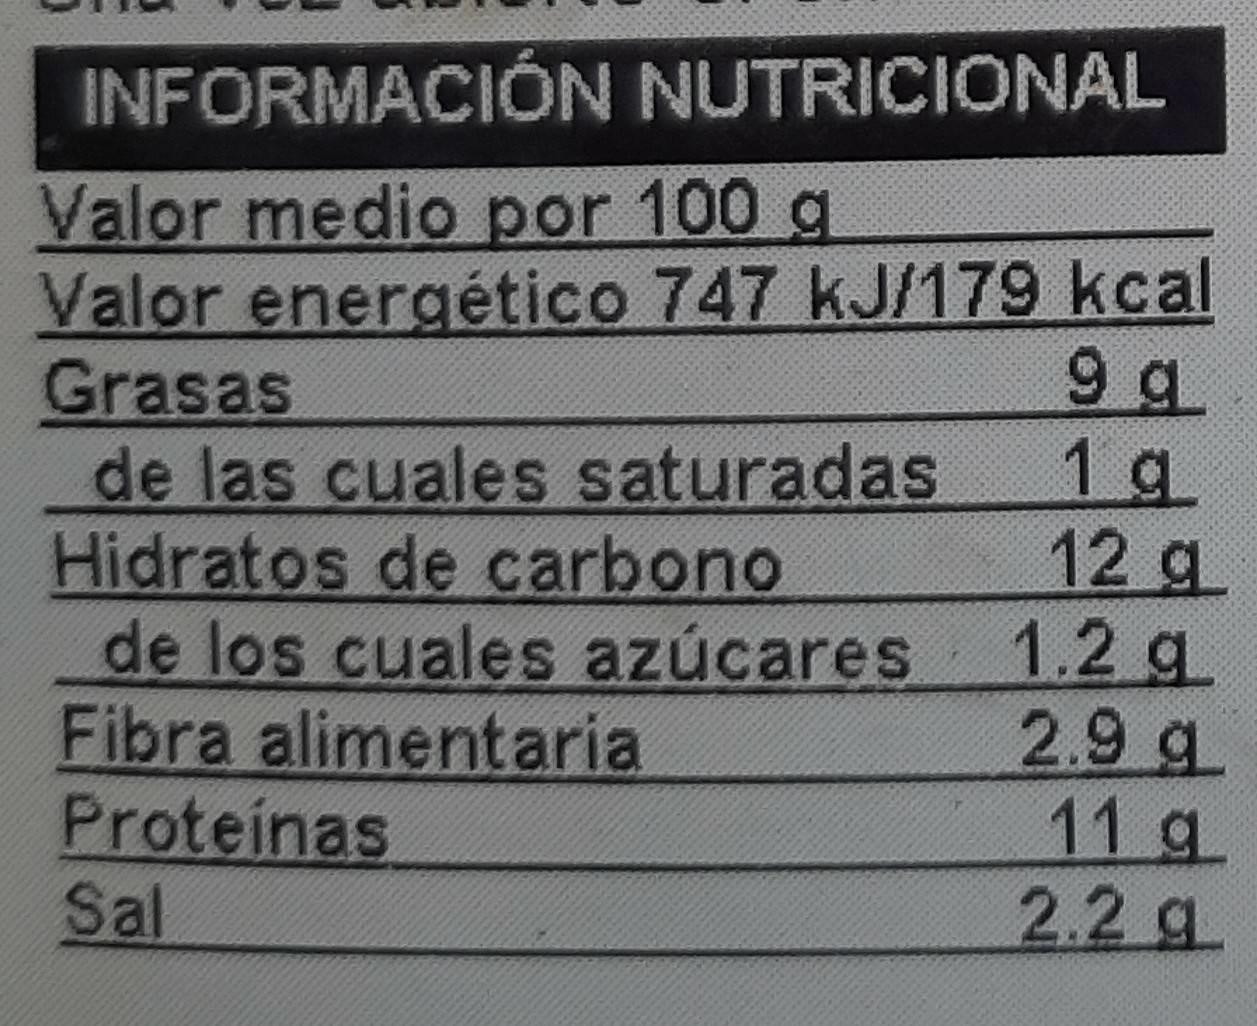
INFORMACIÓN NUTRICIONAL
Valor medio por 100 g Valor energético 747 kJ/179 kcal Grasas de las cuales saturadas Hidratos de carbono de los cuales azúcares Fibra alimentaria Proteinas Sal
9 g 1 g 12 g 1.2 g 2.9 g 11 g 2.2 g